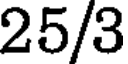
25/3